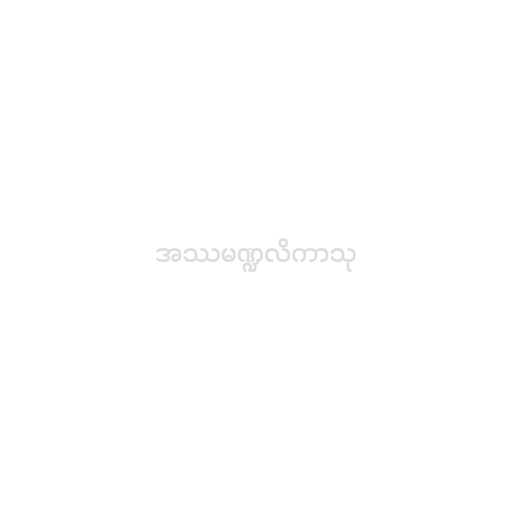
အဿမဏ္ဍလိကာသု